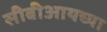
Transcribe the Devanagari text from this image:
सीबीआयच्या